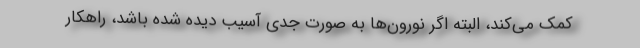
کمک می‌کند، البته اگر نورون‌ها به صورت جدی آسیب دیده شده باشد، راهکار